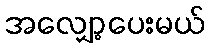
အလျှော့ပေးမယ်